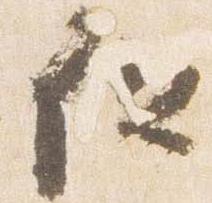
但